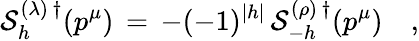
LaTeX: {\cal S}_{h}^{(\lambda)\, \dagger}(p^{\mu})\, =\, -(-1)^{|h|}\, {\cal S}_{-h}^{(\rho)\, \dagger}(p^{\mu})\quad,